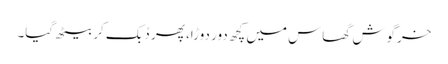
خرگوش گھاس میں کچھ دور دوڑا، پھر دُبک کر بیٹھ گیا۔